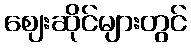
ဈေးဆိုင်များတွင်